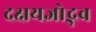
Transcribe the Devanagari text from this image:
दक्षयज्ञोद्भव